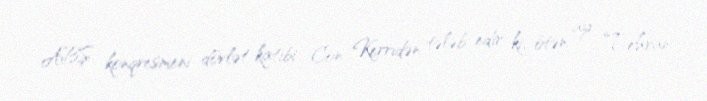
ABŞ konqresmeni dövlət katibi Con Kerridən tələb edir ki, ötən ay Tehran